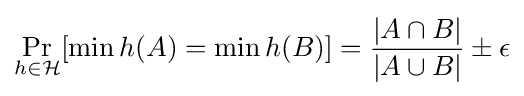
\Pr _{h\in {\mathcal {H}}}[\min h(A)=\min h(B)]={\frac {|A\cap B|}{|A\cup B|}}\pm \epsilon